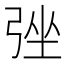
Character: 𢏬